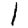
Digit: 1